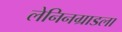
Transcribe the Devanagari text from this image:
लेनिनग्राडला